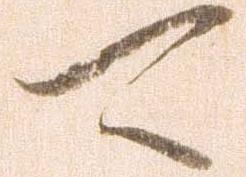
可